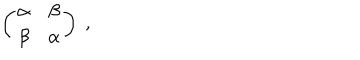
\left( \begin{array} { c c } { { \alpha } } & { { \beta } } \\ { { \beta } } & { { \alpha } } \\ \end{array} \right) \; ,